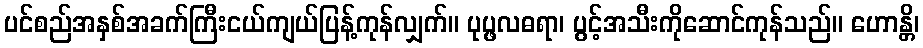
ပင်စည်အနှစ်အခက်ကြီးငယ်ကျယ်ပြန့်ကုန်လျှက်။ ပုပ္ဖလဓရာ၊ ပွင့်အသီးကိုဆောင်ကုန်သည်။ ဟောန္တိ၊